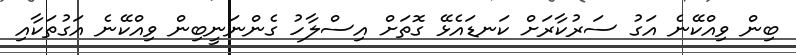
ބިން ވިއްކޭނެ އަގު ސަރުކާރަށް ކަނޑައެޅޭ ގޮތަށް އިސްލާހު ގެންނަނީބިން ވިއްކޭނެ އަގުތަކާއި